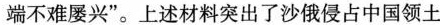
端不难屡兴”。上述材料突出了沙俄侵占中国领土